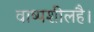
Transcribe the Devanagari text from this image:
वाष्पशीलहै।